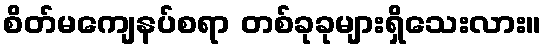
စိတ်မကျေနပ်စရာ တစ်ခုခုများရှိသေးလား။